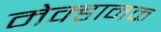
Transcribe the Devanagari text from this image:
मेक्डानक